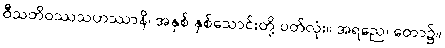
ဝီသတိဝဿသဟဿာနိ၊ အနှစ် နှစ်သောင်းတို့ ပတ်လုံး။ အရညေ၊ တော၌။